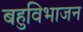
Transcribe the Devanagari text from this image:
बहुविभाजन